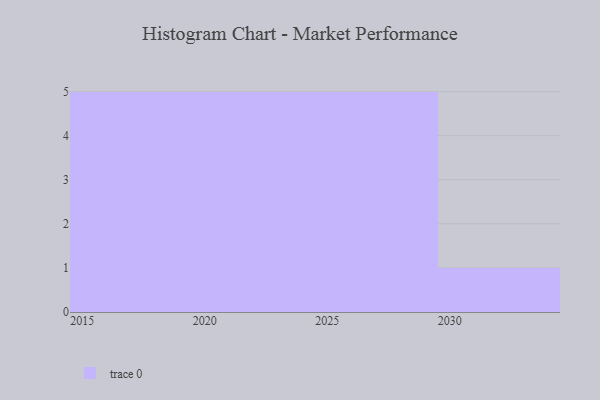
{"axis": {"x": "Year", "y": "Website Visitors"}, "legend": [""], "data": [{"x": "2024", "y": 37, "type": ""}, {"x": "2029", "y": 22, "type": ""}, {"x": "2022", "y": 52, "type": ""}, {"x": "2017", "y": 61, "type": ""}, {"x": "2023", "y": 69, "type": ""}, {"x": "2028", "y": 46, "type": ""}, {"x": "2027", "y": 6, "type": ""}, {"x": "2019", "y": 38, "type": ""}, {"x": "2015", "y": 54, "type": ""}, {"x": "2030", "y": 37, "type": ""}, {"x": "2020", "y": 15, "type": ""}, {"x": "2018", "y": 13, "type": ""}, {"x": "2025", "y": 82, "type": ""}, {"x": "2026", "y": 21, "type": ""}, {"x": "2016", "y": 24, "type": ""}, {"x": "2021", "y": 72, "type": ""}]}